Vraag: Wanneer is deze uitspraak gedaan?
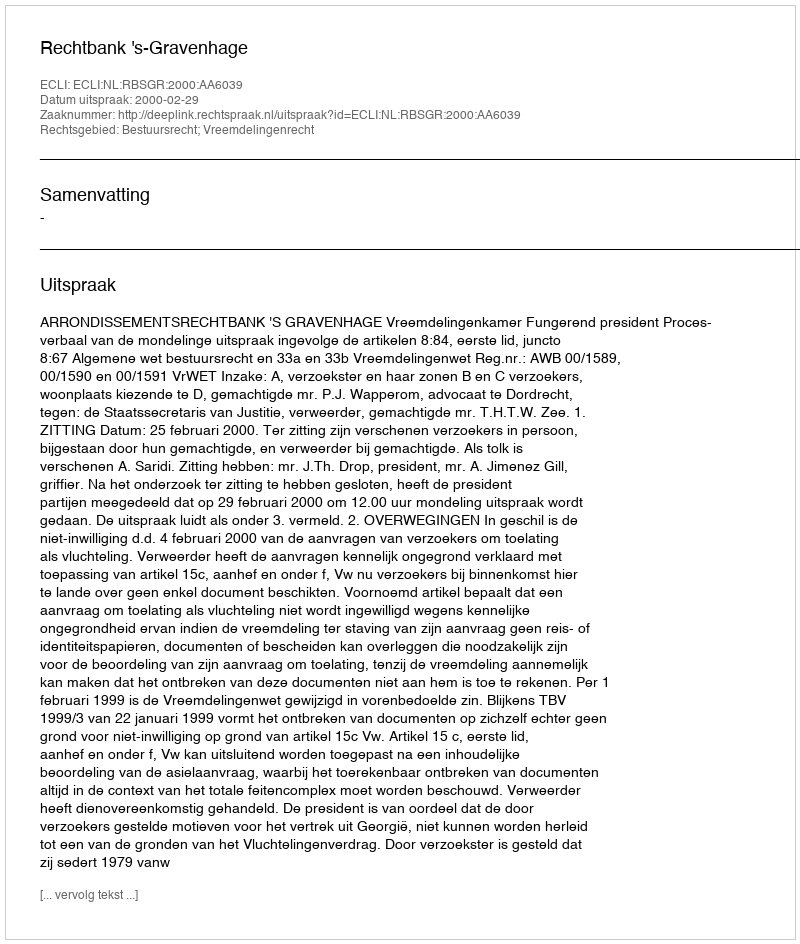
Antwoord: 2000-02-29